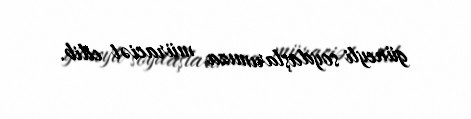
güneyli soydaşlarımıza müraciət edib.